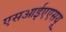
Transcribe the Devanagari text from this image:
एसआईएएसयू